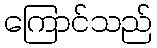
ကြောင်သည်